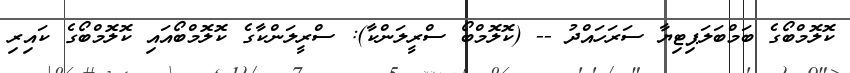
ކޮލޮމްބޯގެ ބަމްބަލަޕިޓިޔާ ސަރަހައްދު -- (ކޮލޮމްބޯ ސްރީލަންކާ): ސްރީލަންކާގެ ކޮލޮމްބޯއައި ކޮލޮމްބޯގެ ކައިރި